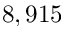
8 , 9 1 5